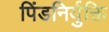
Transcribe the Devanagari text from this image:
पिंडनिर्युक्ति